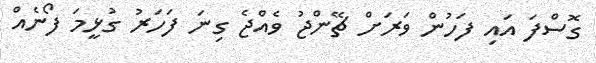
ގޮސްފަ އައި ފަހުން ވަރަށް ޗޭންޖު ވެއްޖެ ގިނަ ފަހަރު ގުޅީމަ ފޯނެއް